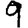
Digit: 9